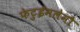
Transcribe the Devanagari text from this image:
फेटुईमलेमौ